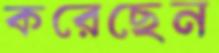
করেছেন